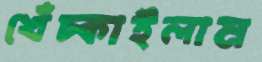
খেঁচ্‌কাইলাম